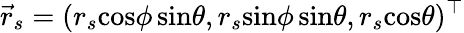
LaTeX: \vec{r}_{s}=(r_{s}\mathrm{cos}\phi\, \mathrm{sin}\theta,r_{s}\mathrm{sin}\phi\, \mathrm{sin}\theta,r_{s}\mathrm{cos}\theta)^{\top}